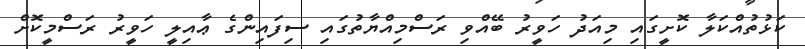
ކަޅުތުއްކަލާ ކޮށީގައި މިއަދު ހަވީރު ބޭއްވި ރަސްމިއްޔާތުގައި ސިފައިންގެ ޢާއިލީ ހަވީރު ރަސްމީކޮށް